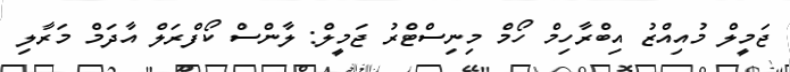
ޖަމީލް މުއިއްޒު އިބްރާހިމް ހޯމް މިނިސްޓްރު ޖަމީލް: ލާންސް ކޯފްރަލް އާދަމް މަރާލި